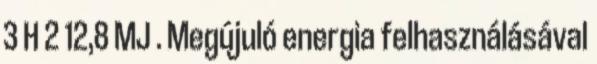
3 H 2 12,8 MJ . Megújuló energia felhasználásával